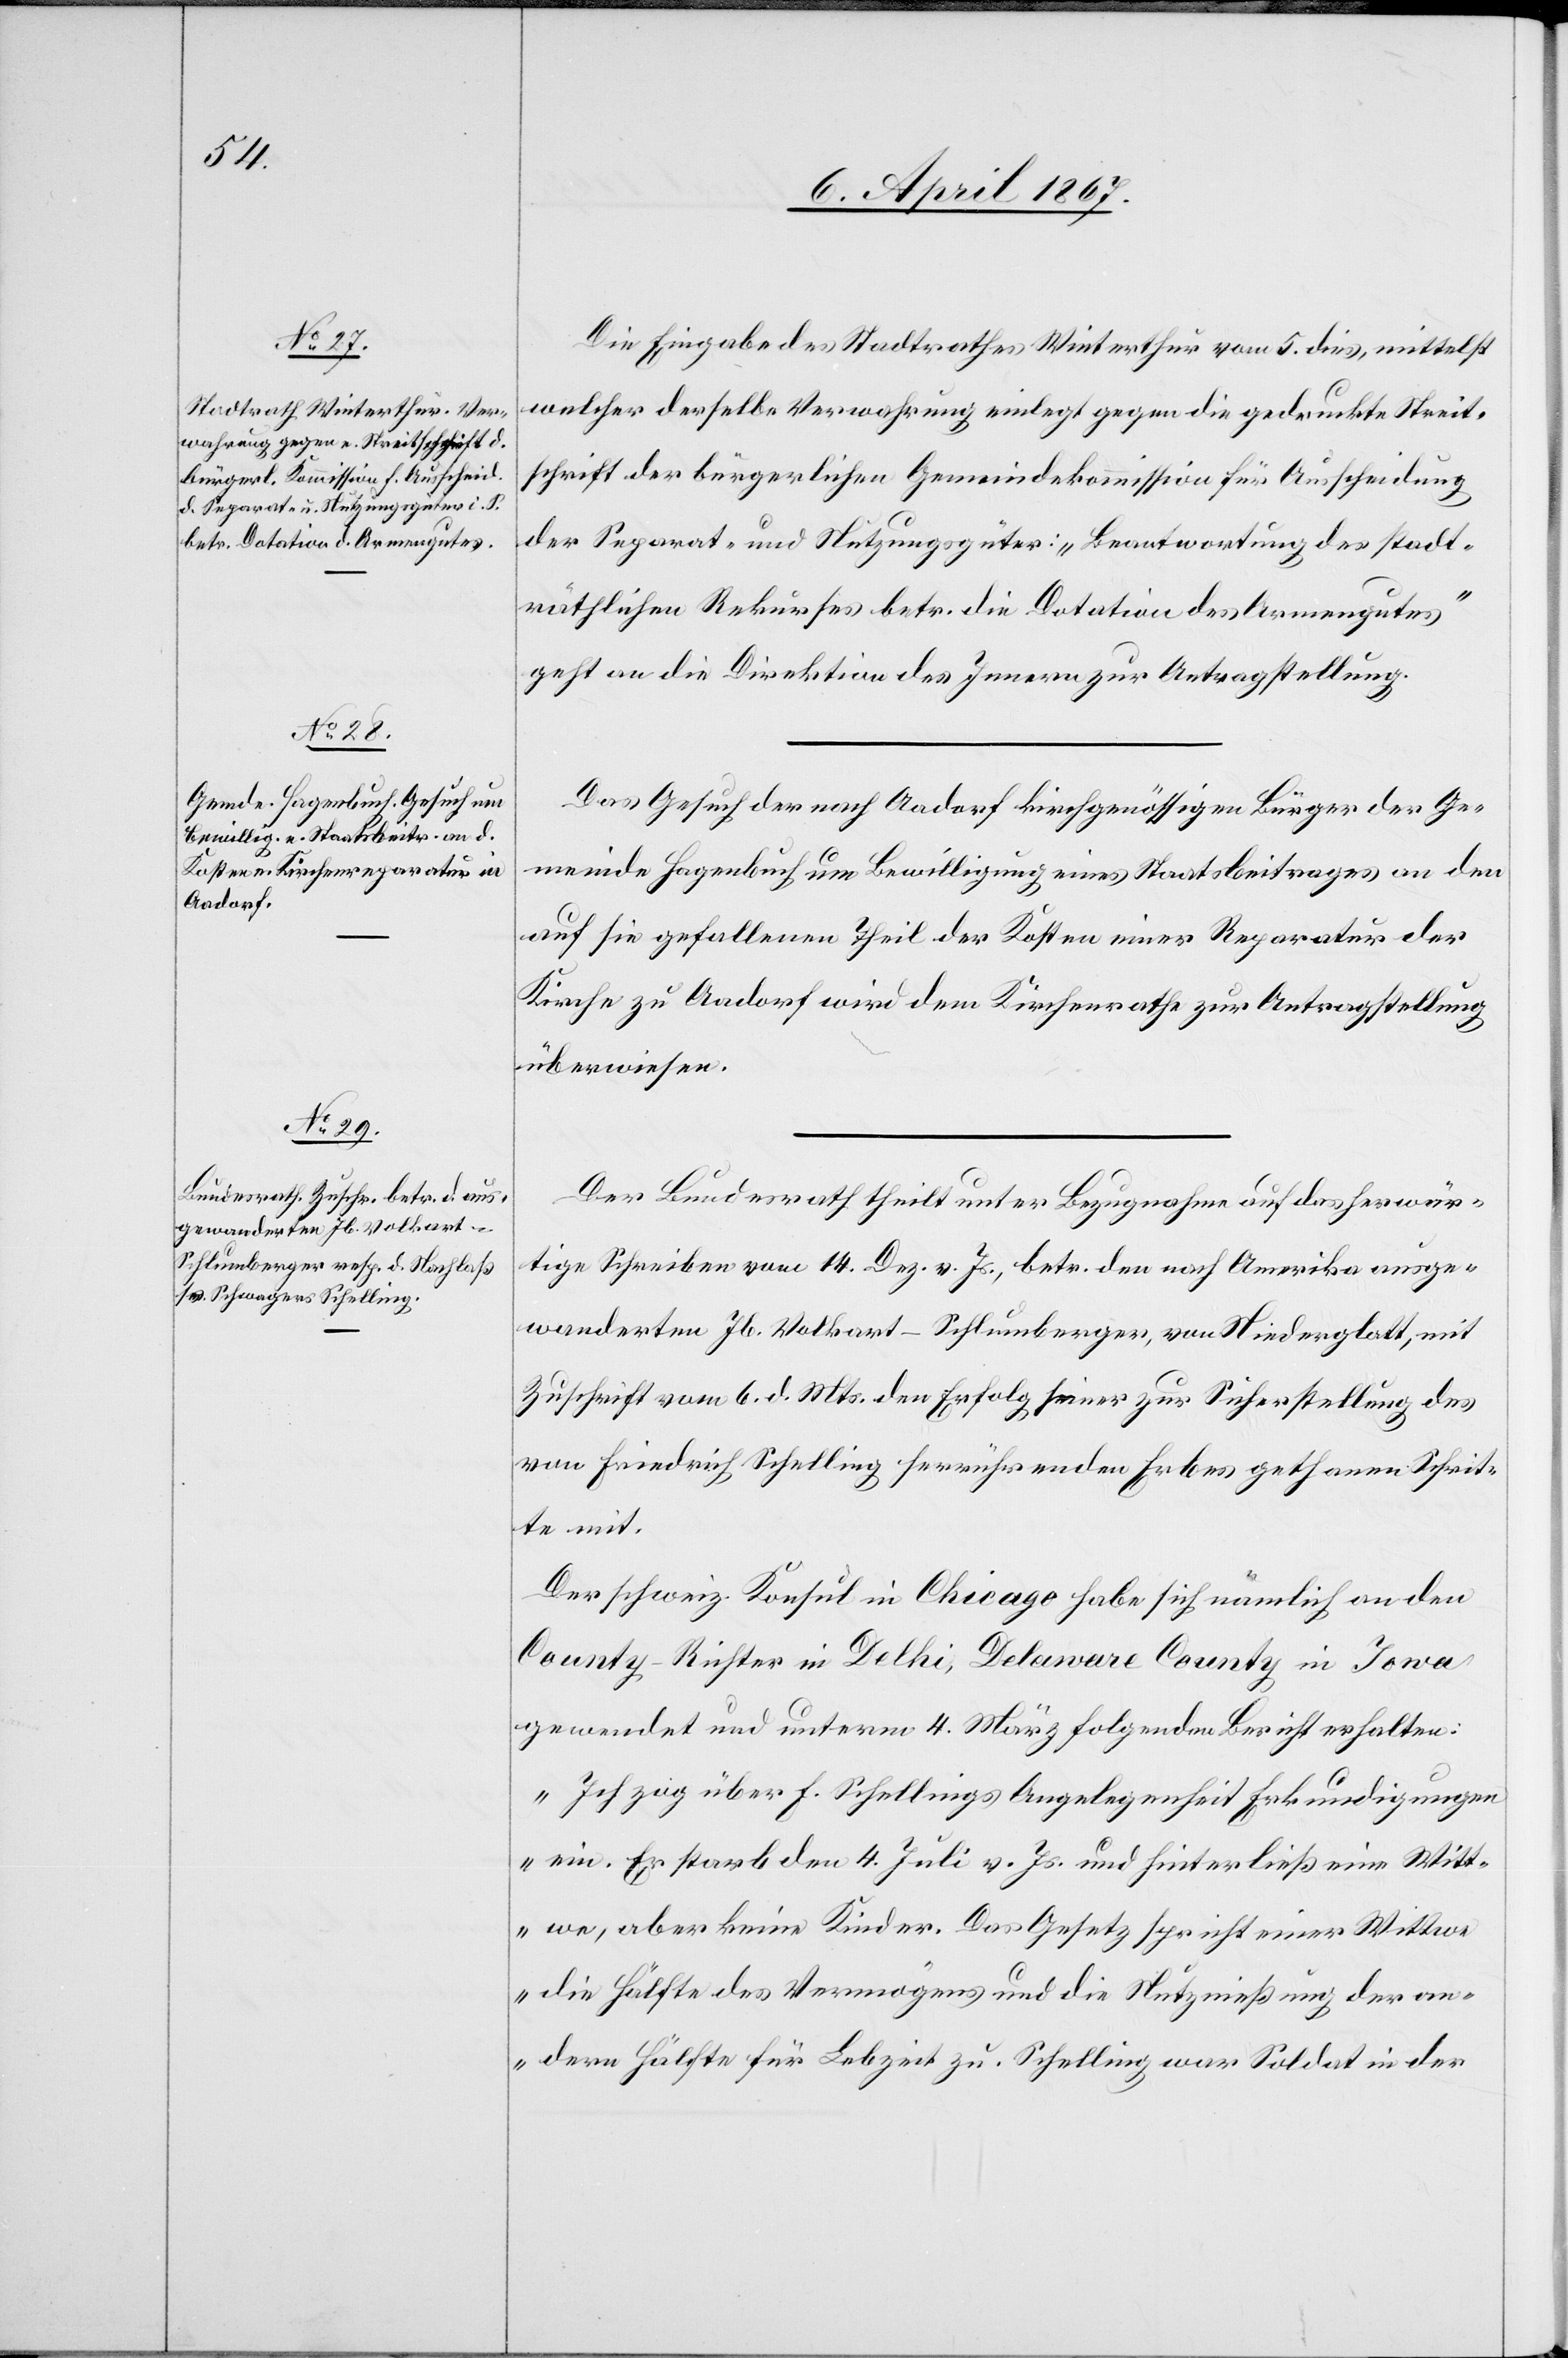
8. April 1867.]
Die Eingabe des Stadtrathes Winterthur vom 5. dies, mittelst
welcher derselbe Verwahrung einlegt gegen die gedruckte Streit¬
schrift der bürgerlichen Gemeindekommission für Ausscheidung
der Separat- und Nutzungsgüter: „Beantwortung des stadt¬
räthlichen Rekurses betr. die Dotation des Armengutes“
geht an die Direktion des Innern zur Antragstellung.
Das Gesuch der nach Aadorf kirchgenössigen Bürger der Ge¬
meinde Hagenbuch um Bewilligung eines Staatsbeitrages an den
auf sie gefallenen Theil der Kosten einer Reparatur der
Kirche zu Aadorf wird dem Kirchenrathe zur Antragstellung
überwiesen.
Der Bundesrath theilt unter Bezugnahme auf das herwär¬
tige Schreiben vom 14. Dez. v. Js., betr. den nach Amerika ausge¬
wanderten Jb. Volkart-Schlumberger, von Niederglatt, mit
Zuschrift vom 6. d. Mts. den Erfolg seiner zur Sicherstellung des
von Friedrich Schelling herrührenden Erbes gethanen Schrit¬
te mit.
Der schweiz. Konsul in Chicago habe sich nämlich an den
County-Richter in Delhi, Delaware County in Iowa
gewendet und unterm 4. März folgenden Bericht erhalten:
„Ich zog über F. Schellings Angelegenheit Erkundigungen
ein. Er starb den 4. Juli v. Js. und hinterließ eine Witt¬
we, aber keine Kinder. Das Gesetz spricht einer Wittwe
die Hälfte des Vermögens und die Nutznießung der an¬
dern Hälfte für Lebzeit zu. Schelling war Soldat in der